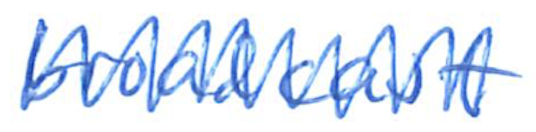
Text: broadcast
Cross-out: zig-zag
Writing tool: ballpoint